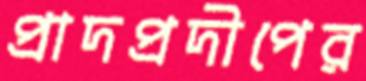
প্রাদপ্রদীপের